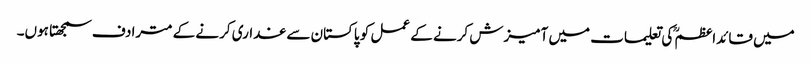
میں قائداعظمؒ کی تعلیمات میں آمیزش کرنے کے عمل کو پاکستان سے غداری کرنے کے مترادف سمجھتا ہوں۔